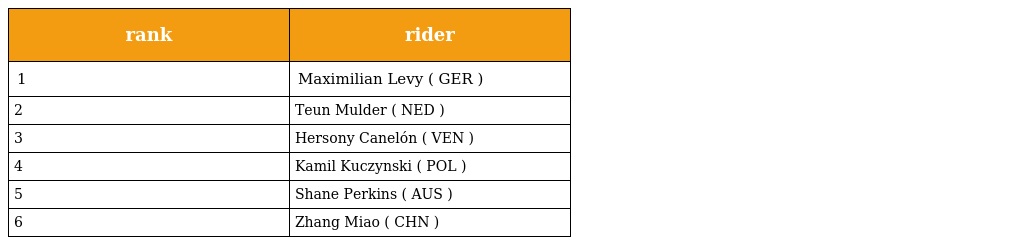
| rank | rider |
 | --- | --- |
 | 1 | Maximilian Levy ( GER ) |
 | 2 | Teun Mulder ( NED ) |
 | 3 | Hersony Canelón ( VEN ) |
 | 4 | Kamil Kuczynski ( POL ) |
 | 5 | Shane Perkins ( AUS ) |
 | 6 | Zhang Miao ( CHN ) |